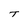
Character: T